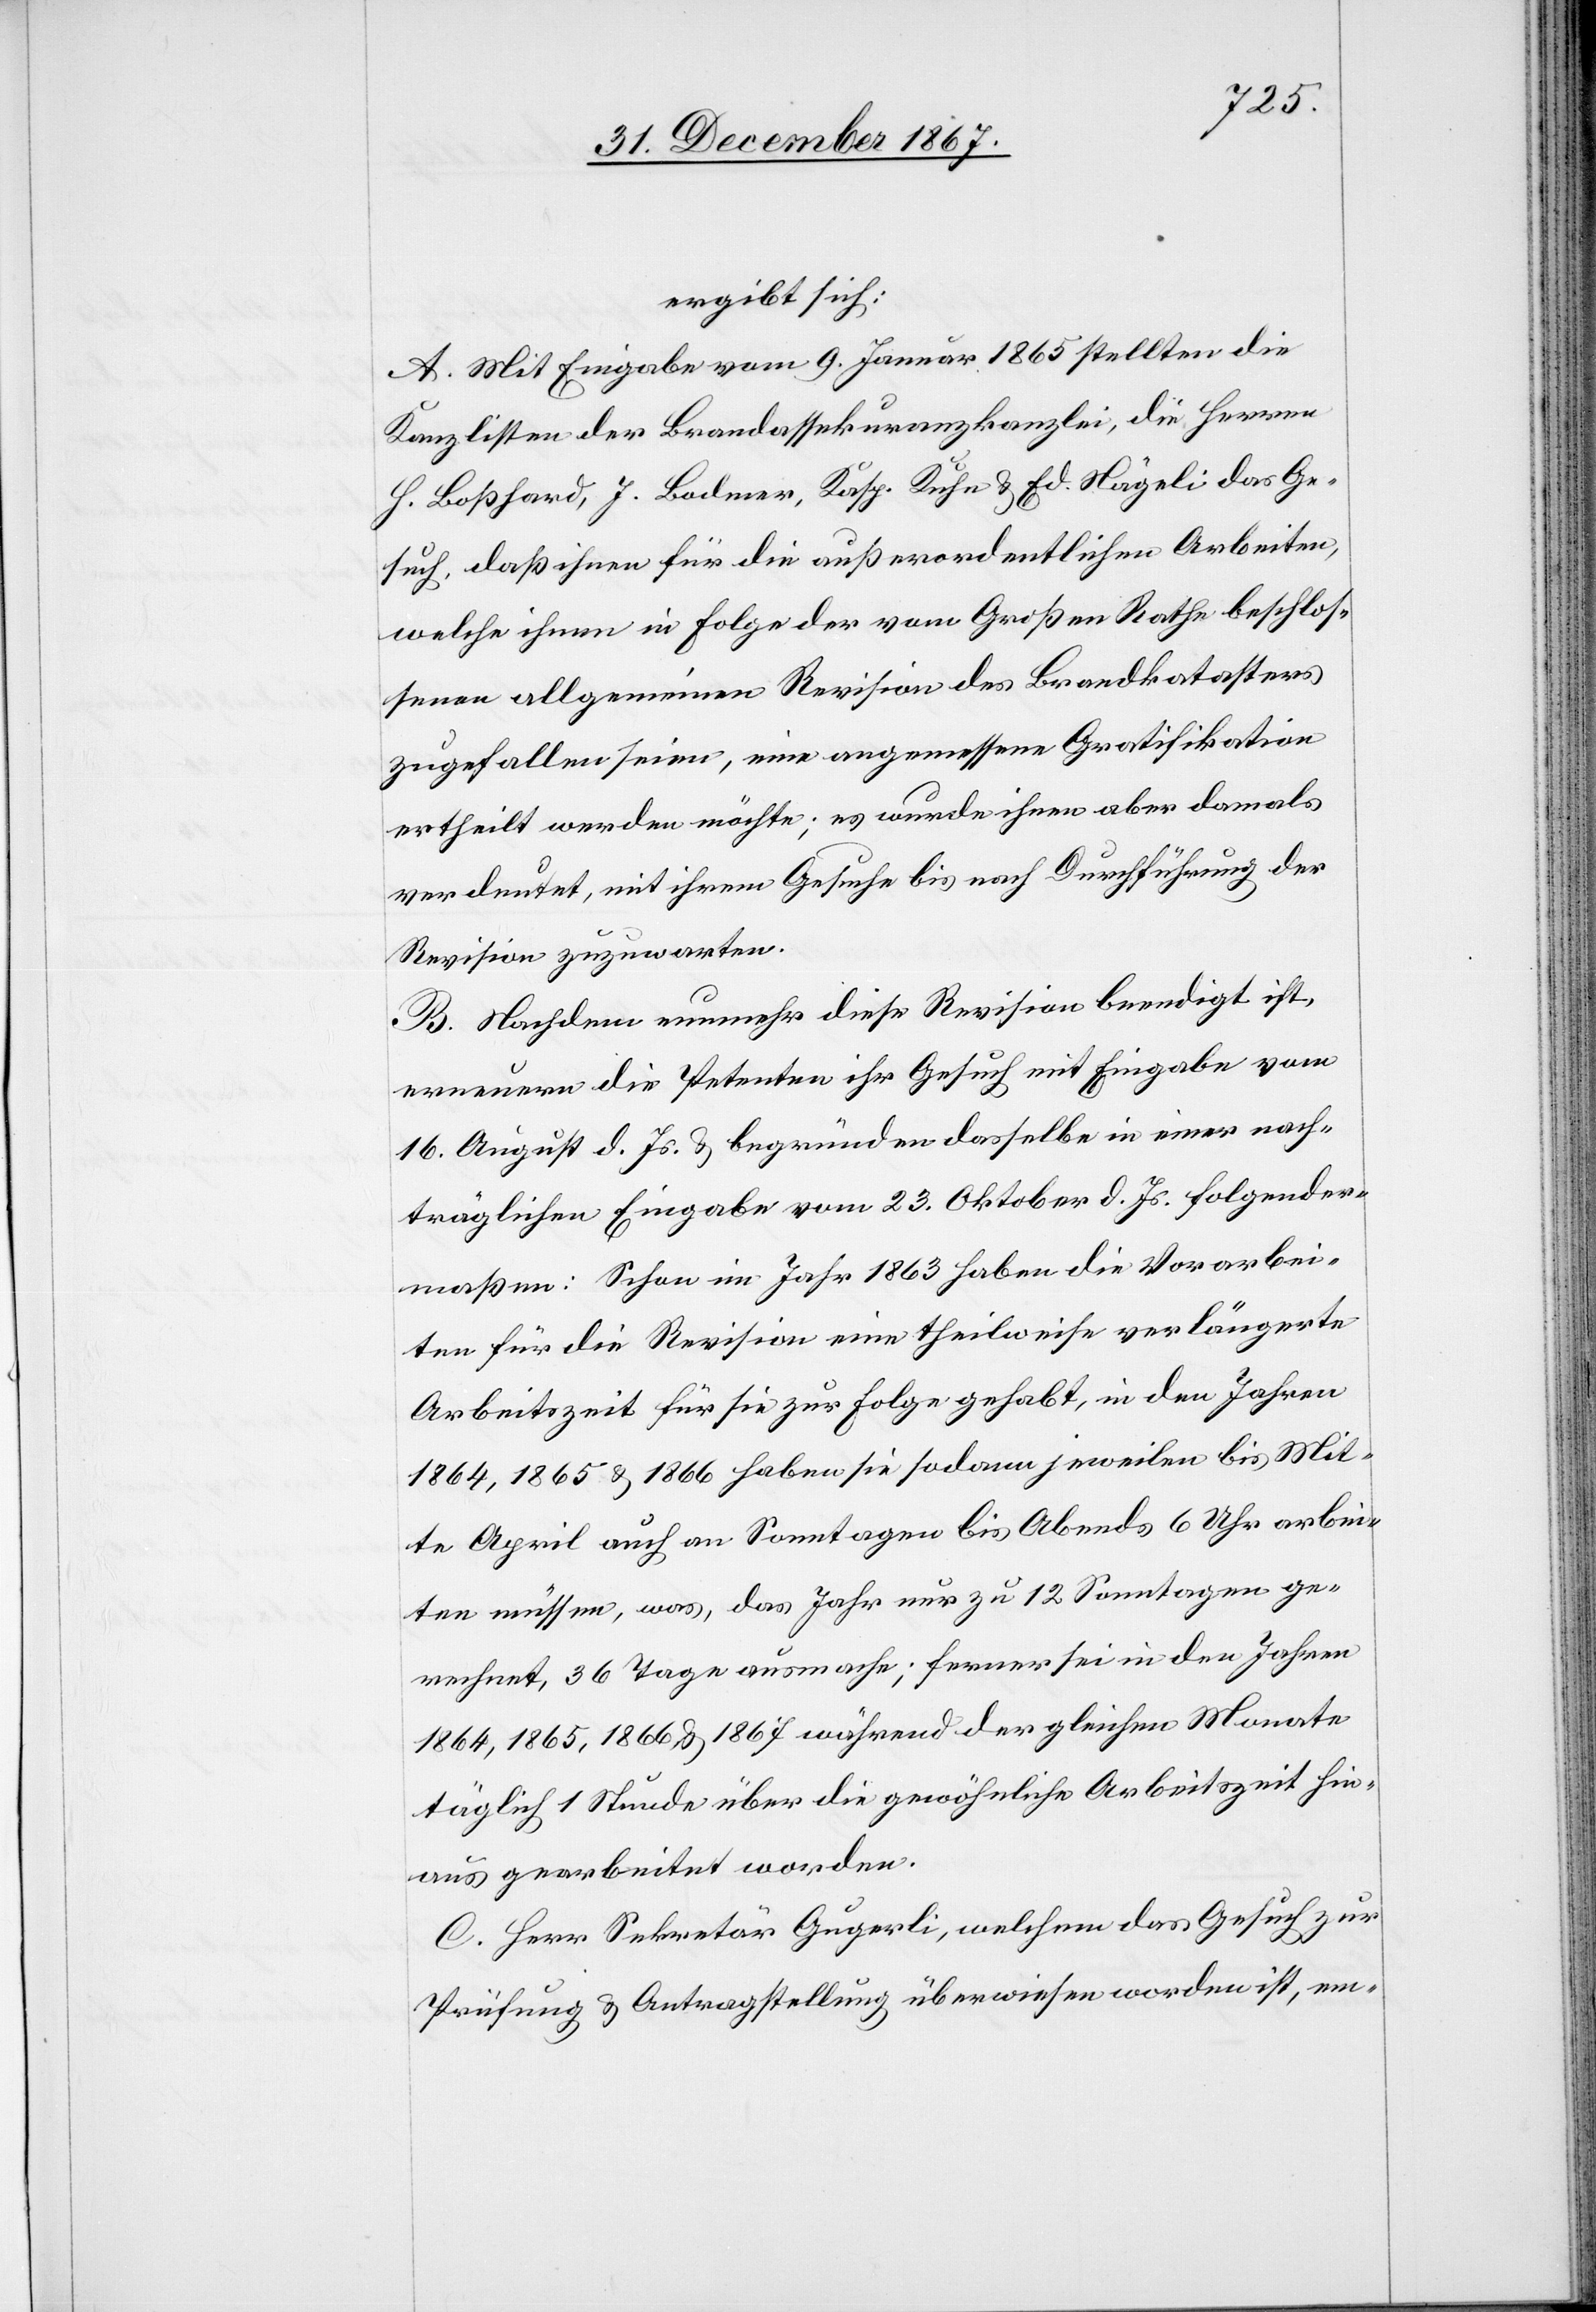
ergibt sich:
A. Mit Eingabe vom 9. Januar 1865 stellten die
Kanzlisten der Brandassekuranzkanzlei, die Herren
H. Boßhard, J. Bdmer, Ksp. Kuhn u. Ed. Nägeli das Ge¬
such, daß ihnen für die außerordentlichen Arbeiten,
welche ihnen in Folge der vom Großen Rathe beschlos¬
senen allgemeinen Revision des Brandkatasters
zugefallen seien, eine angemessen Gratifikation
ertheilt werden möchte; es wurde ihnen aber damals
verdeutet, mit ihrem Gesuche bis nach Durchführung der
Revision zuzuwarten.
B. Nachdem nunmehr diese Revision beendigt ist,
erneuern die Petenten ihr Gesuch mit Eingabe vom
16. August d. Js. u. begründen dasselbe in einer nach¬
träglichen Eingabe vom 23. Oktober d. Js. folgender¬
maßen: Schon im Jahr 1863 haben die Vorarbei¬
ten für die Revision eine theilweise verlängerte
Arbeitszeit für sie zur Folge gehabt, in den Jahren
1864, 1865 u. 1866 haben sie sodann jeweilen bis Mit¬
te April auch an Sonntagen bis Abends 6 Uhr arbei¬
ten müssen, was, das Jahr nur zu 12 Sonntagen ge¬
rechnet, 36 Tage ausmache; ferner sei in den jahren
1864, 1865, 1866 u. 1867 während der gleichen Monate
täglich 1 Stunde über die gewöhnliche Arbeitszeit hin¬
aus gearbeitet worden.
C. Herr Sekretär Gugerli, welchem das Gesuch zur
Prüfung u. Antragstellung überwiesen worden ist, em-